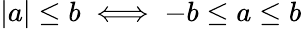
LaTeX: |a|\leq b\iff-b\leq a\leq b